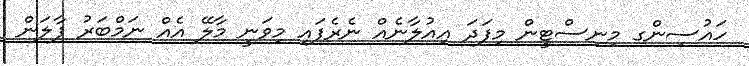
ހައުސިންގ މިނިސްޓީން މިފަދަ އިއުލާނެއް ނެރެފައި މިވަނީ މާލޭ އެއް ނަމްބަރު ފާލަން